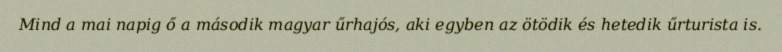
Mind a mai napig ő a második magyar űrhajós, aki egyben az ötödik és hetedik űrturista is.